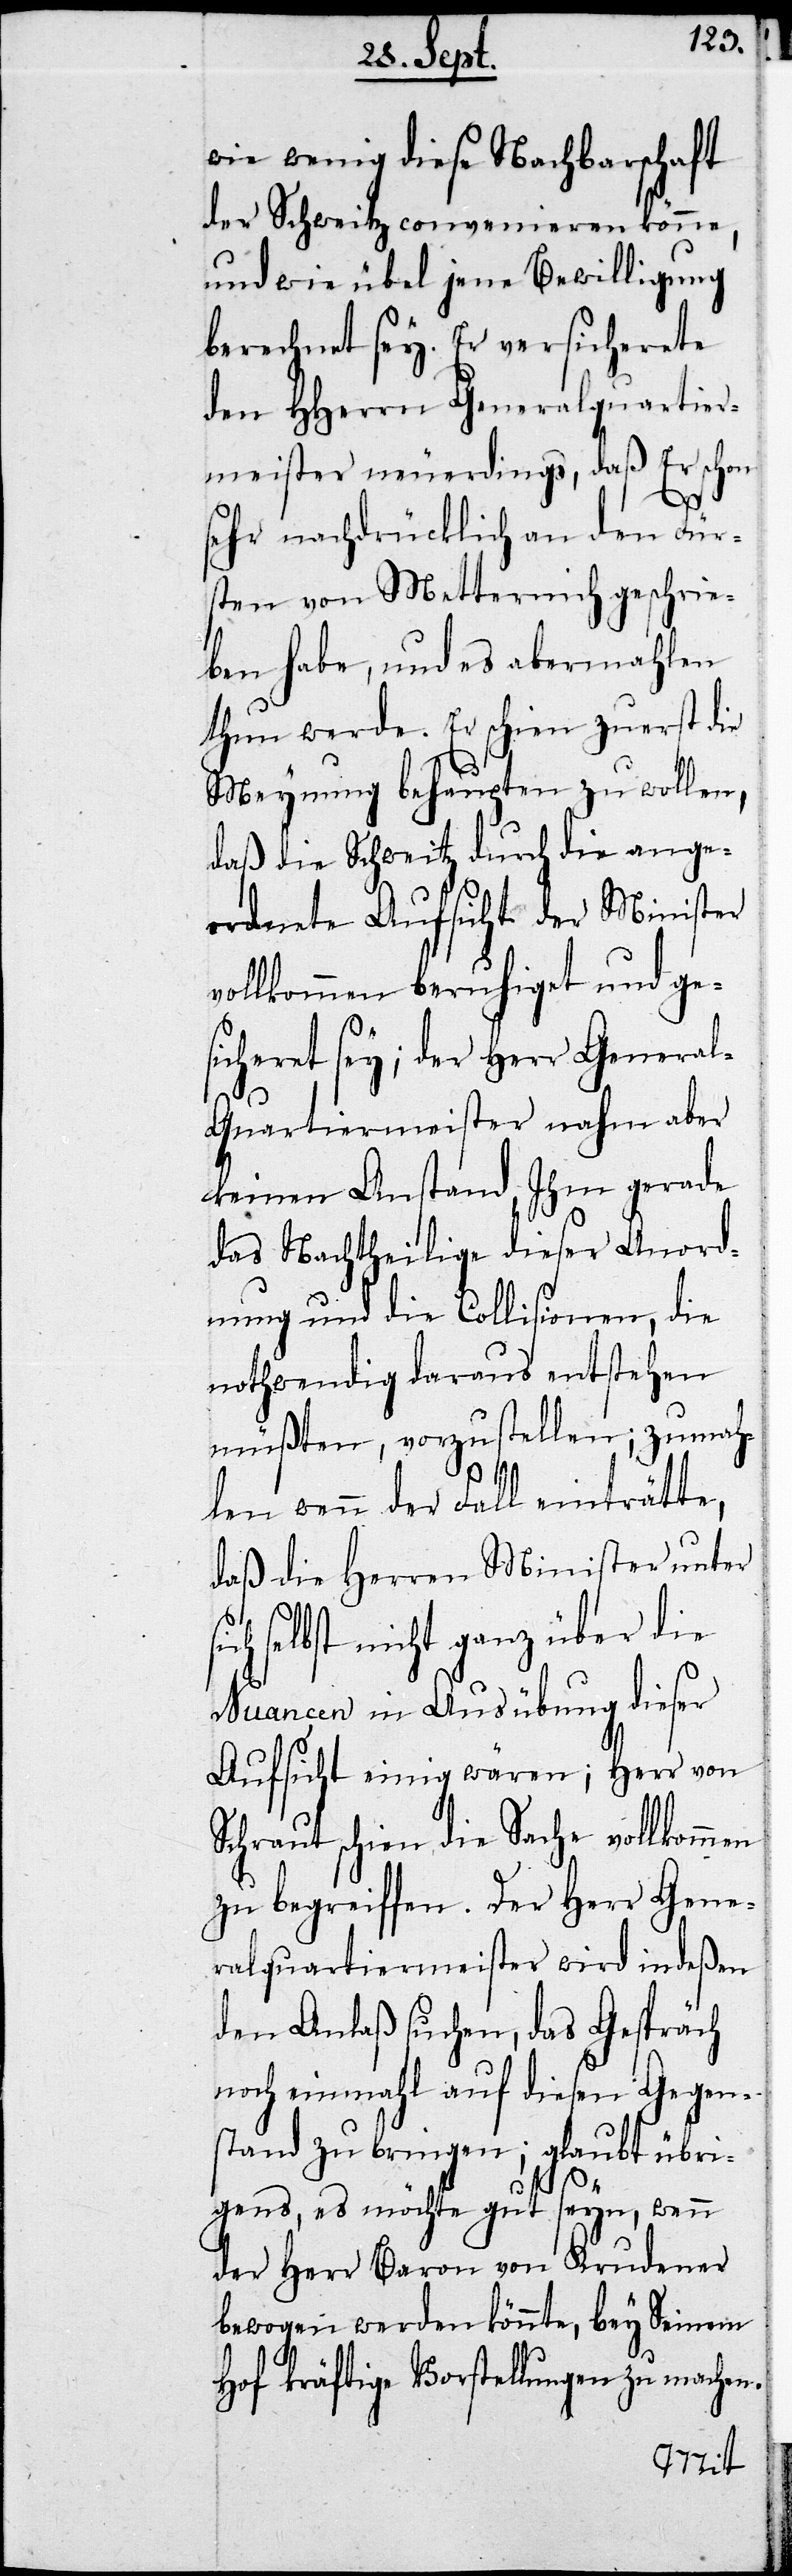
wie wenig diese Nachbarschaft
der Schweiz convenieren könne,
und wie übel jene Bewilligung
berechnet sey. Er versicherte
den HHerrn Generalquartier¬
meister neuerdings, daß Er schon
sehr nachdrücklich an den Für¬
sten von Metternich geschrie¬
ben habe, und es abermahlen
thun werde. Er schien zuerst die
Meynung behaupten zu wollen,
daß die Schweitz durch die ange¬
ordnete Aufsicht der Minister
vollkommen beruhiget und ge¬
sicheret sey; der Herr Genera¬
l-Quartiermeister nahm aber
keinen Anstand, Ihm gerade
das Nachtheilige dieser Anord¬
nung und die Collisionen, die
nothwendig daraus entstehen
müßten, vorzustellen; zumah¬
len wenn der Fall einträtte,
daß die Herren Minister unter
selbst nicht ganz über die
Nuancen in Ausübung dieser
Aufsicht einig wären; Herr von
Schraut schien die Sache vollkommen
zu begreiffen. Der Herr Gene¬
ralquartiermeister wird indeßen
den Anlaß suchen, das Gespräch
noch einmahl auf diesen Gegen¬
stand zu bringen; glaubt übri¬
gens, es möchte gut seyn, wenn
der Herr Baron von Krudener
bewogen werden könnte, bey Seinem
Hof kräftige Vorstellungen zu machen.